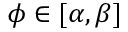
\phi \in [ \alpha , \beta ]